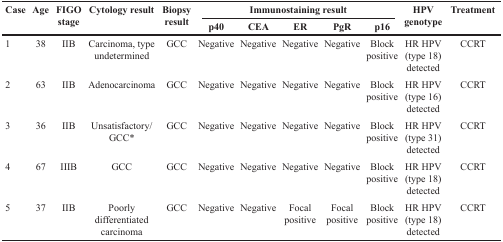
<table><thead><tr><td rowspan="2"><b>Case</b></td><td rowspan="2"><b>Age</b></td><td rowspan="2"><b>FIGO stage</b></td><td rowspan="2"><b>Cytology result</b></td><td rowspan="2"><b>Biopsy result</b></td><td colspan="5"><b>Immunostaining result</b></td><td rowspan="2"><b>HPV genotype</b></td><td rowspan="2"><b>Treatment</b></td></tr><tr><td><b>p40</b></td><td><b>CEA</b></td><td><b>ER</b></td><td><b>PgR</b></td><td><b>p16</b></td></tr></thead><tbody><tr><td>1</td><td>38</td><td>IIB</td><td>Carcinoma, type undetermined</td><td>GCC</td><td>Negative</td><td>Negative</td><td>Negative</td><td>Negative</td><td>Block positive</td><td>HR HPV (type 18) detected</td><td>CCRT</td></tr><tr><td>2</td><td>63</td><td>IIB</td><td>Adenocarcinoma</td><td>GCC</td><td>Negative</td><td>Negative</td><td>Negative</td><td>Negative</td><td>Block positive</td><td>HR HPV (type 16) detected</td><td>CCRT</td></tr><tr><td>3</td><td>36</td><td>IIB</td><td>Unsatisfactory/GCC*</td><td>GCC</td><td>Negative</td><td>Negative</td><td>Negative</td><td>Negative</td><td>Block positive</td><td>HR HPV (type 31) detected</td><td>CCRT</td></tr><tr><td>4</td><td>67</td><td>IIIB</td><td>GCC</td><td>GCC</td><td>Negative</td><td>Negative</td><td>Negative</td><td>Negative</td><td>Block positive</td><td>HR HPV (type 18) detected</td><td>CCRT</td></tr><tr><td>5</td><td>37</td><td>IIB</td><td>Poorly differentiated carcinoma</td><td>GCC</td><td>Negative</td><td>Negative</td><td>Focal positive</td><td>Focal positive</td><td>Block positive</td><td>HR HPV (type 18) detected</td><td>CCRT</td></tr></tbody></table>